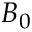
B _ { 0 }